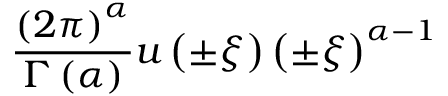
{ \frac { \left( 2 \pi \right) ^ { \alpha } } { \Gamma \left( \alpha \right) } } u \left( \pm \xi \right) \left( \pm \xi \right) ^ { \alpha - 1 }